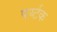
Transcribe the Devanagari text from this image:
पर्य्टक